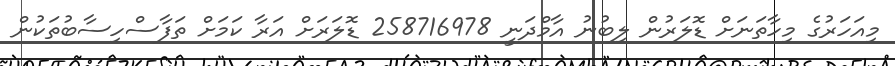
މިއަހަރުގެ މިހާތަނަށް ޑޮލަރުން ލިބުނު އާމްދަނީ 258716978 ޑޮލަރަށް އަރާ ކަމަށް ތަފާސްހިސާބުތަކުން